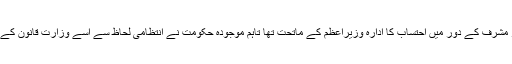
جنرل پرویز مشرف کے دور میں احتساب کا ادارہ وزیراعظم کے ماتحت تھا تاہم موجودہ حکومت نے انتظامی لحاظ سے اسے وزارتِ قانون کے سپرد کردیا۔